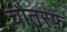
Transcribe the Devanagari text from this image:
चौतरफ